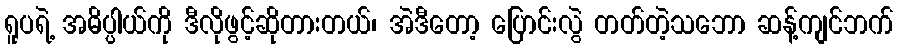
ရူပရဲ့ အဓိပ္ပါယ်ကို ဒီလိုဖွင့်ဆိုတားတယ်၊ အဲဒီတော့ ပြောင်းလွဲ တတ်တဲ့သဘော ဆန့်ကျင်ဘက်